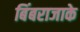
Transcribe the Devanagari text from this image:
बिंबराजाके